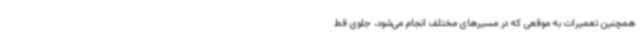
همچنین تعمیرات به موقعی که در مسیرهای مختلف انجام می‌شود، جلوی قط